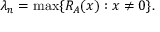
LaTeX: \lambda _ { n } = \operatorname* { m a x } \{ R _ { A } ( x ) : x \neq 0 \} .